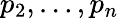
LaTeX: p_{2},\ldots,p_{n}